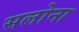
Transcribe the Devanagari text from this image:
सलोना